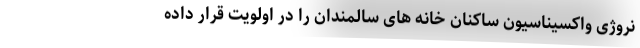
نروژی واکسیناسیون ساکنان خانه های سالمندان را در اولویت قرار داده